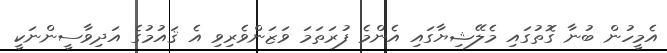
އެމީހުން ބުނާ ގޮތުގައި މެލޭޝިޔާގައި އެންމެ ފުރަތަމަ ވަޒަންވެރިވި އެ ޤައުމުގެ އަދިވާސީންނަކީ